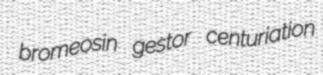
bromeosin gestor centuriation